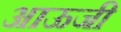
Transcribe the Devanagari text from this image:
आऊजी